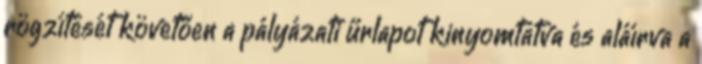
rögzítését követően a pályázati űrlapot kinyomtatva és aláírva a